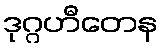
ဒုဂ္ဂဟီတေန